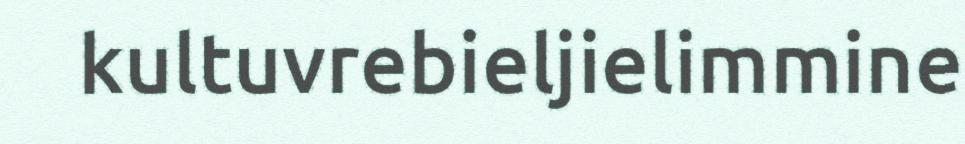
kultuvrebieljielimmine